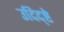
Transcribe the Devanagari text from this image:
उदिद्ष्टे